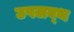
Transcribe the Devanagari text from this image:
उपलब्थ